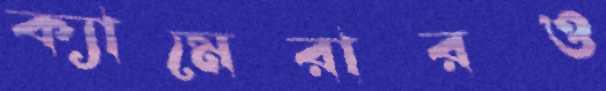
ক্যামেরারও